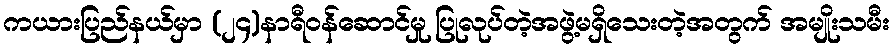
ကယားပြည်နယ်မှာ (၂၄)နာရီဝန်ဆောင်မှု ပြုလုပ်တဲ့အဖွဲ့မရှိသေးတဲ့အတွက် အမျိုးသမီး